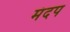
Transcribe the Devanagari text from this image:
मंदप